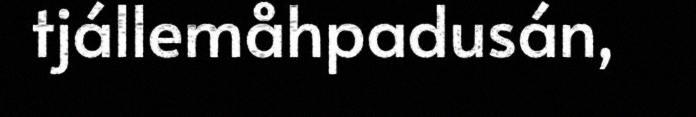
tjállemåhpadusán,